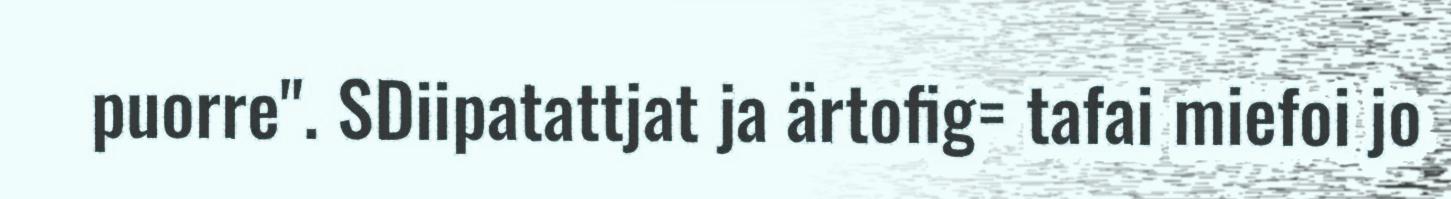
puorre". SDiipatattjat ja ärtofig= tafai miefoi jo